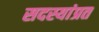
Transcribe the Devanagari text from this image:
सदस्यांप्रत